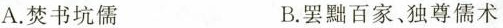
A.焚书坑儒 B.罢黜百家、独尊儒术